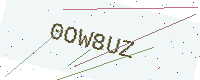
Text: 0OW8UZ